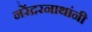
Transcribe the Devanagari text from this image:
नरेंद्ररनाथांनी